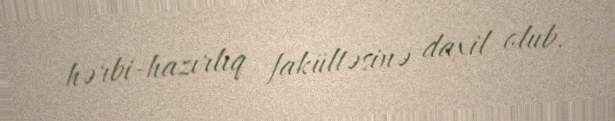
hərbi-hazırlıq fakültəsinə daxil olub.